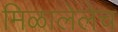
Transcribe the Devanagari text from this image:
मिळालेलेच